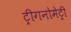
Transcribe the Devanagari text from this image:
ट्रीगनोमेट्री